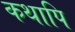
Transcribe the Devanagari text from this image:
कथापि